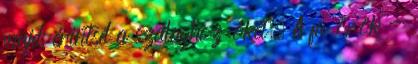
majd érintsd a szalaghoz őket. A fa örök -